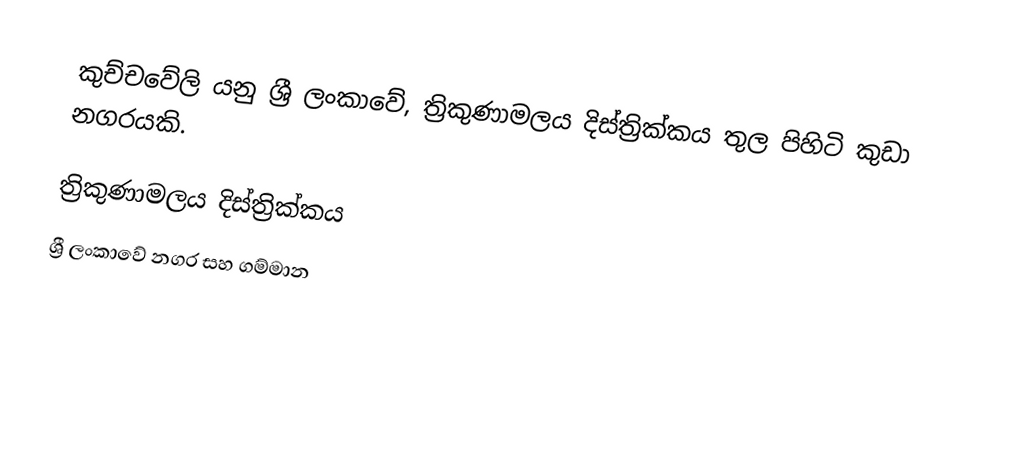
කුච්චවේලි යනු ශ්‍රී ලංකාවේ, ත්‍රිකුණාමලය දිස්ත්‍රික්කය තුල පිහිටි කුඩා නගරයකි.

ත්‍රිකුණාමලය දිස්ත්‍රික්කය
ශ්‍රී ලංකාවේ නගර සහ ගම්මාන